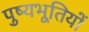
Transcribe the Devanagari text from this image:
पुष्यभूतियों